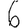
Digit: 6